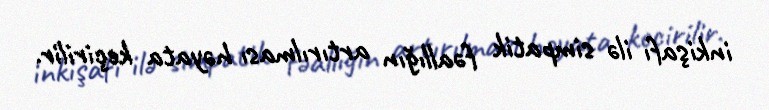
inkişafı ilə simpatik fəallığın artırılması həyata keçirilir.